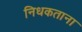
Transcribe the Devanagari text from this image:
निधकताना